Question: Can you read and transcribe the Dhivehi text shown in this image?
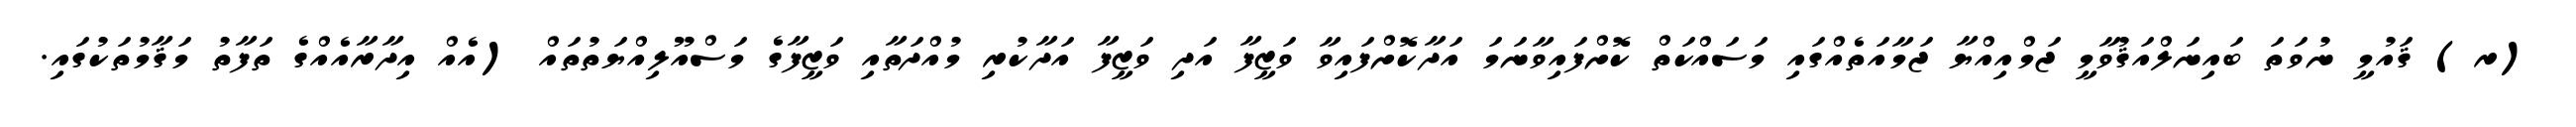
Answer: (ރ) ޤައުމީ ނުވަތަ ބައިނަލްއަޤުވާމީ ޖަމްއިއްޔާ ޖަމާއަތެއްގައި މަސައްކަތް ކޮށްފައިވާނަމަ އަދާކޮށްފައިވާ ވަޒީފާ އަދި ވަޒީފާ އަދާކުރި މުއްދަތާއި ވަޒީފާގެ މަސްއޫލިއްޔަތުތައް (އެއް އިދާރާއެއްގެ ތަފާތު މަޤާމުތަކުގައި.